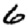
Digit: 6